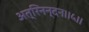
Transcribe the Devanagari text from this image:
अत्रिनन्‍दन।।५।।